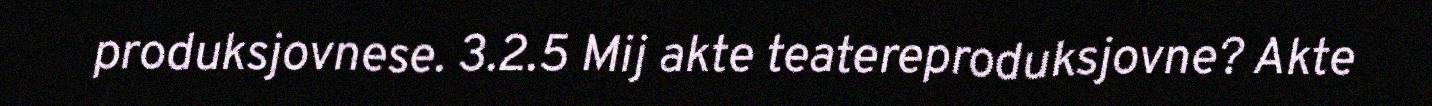
produksjovnese. 3.2.5 Mij akte teatereproduksjovne? Akte